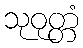
သုဝုတ္တံ